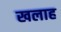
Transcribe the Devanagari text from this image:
खलाह